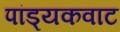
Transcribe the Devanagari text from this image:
पांड्यकवाट